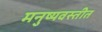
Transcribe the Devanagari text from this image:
मनुष्यवस्तीत